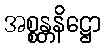
အစ္စန္တနိဋ္ဌော